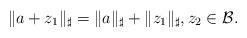
LaTeX: \begin{align*}\|a+z_1\|_\sharp=\|a\|_\sharp+\|z_1\|_\sharp,z_2\in \mathcal{B}.\end{align*}